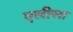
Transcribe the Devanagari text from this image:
एलीसा